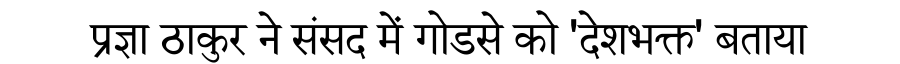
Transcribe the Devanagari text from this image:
प्रज्ञा ठाकुर ने संसद में गोडसे को 'देशभक्त' बताया